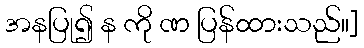
အနပြု၍ န ကို ဏ ပြန်ထားသည်။]